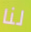
لنا